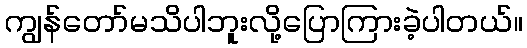
ကျွန်တော်မသိပါဘူးလို့ပြောကြားခဲ့ပါတယ်။